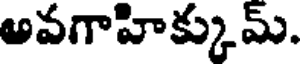
అవగాహిక్కుమ్.